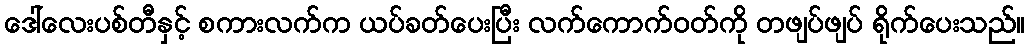
ဒေါ်လေးပစ်တီနှင့် စကားလက်က ယပ်ခတ်ပေးပြီး လက်ကောက်ဝတ်ကို တဖျပ်ဖျပ် ရိုက်ပေးသည်။